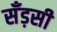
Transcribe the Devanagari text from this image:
सँड़सी